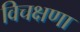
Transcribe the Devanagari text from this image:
विचक्षणा